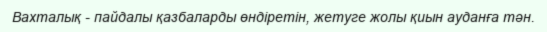
Вахталық - пайдалы қазбаларды өндіретін, жетуге жолы қиын ауданға тән.